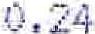
0.24